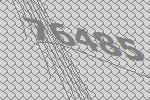
76485